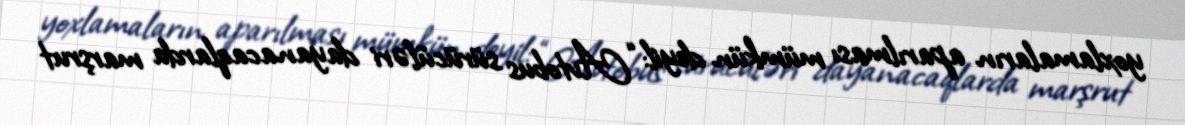
yoxlamaların aparılması mümkün deyil: “Avtobus sürücüləri dayanacaqlarda marşrut